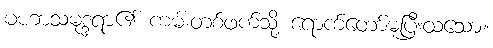
မဟာသမုဒ္ဒရာ၏ ကမ်းတစ်ဖက်သို့ ရောက်တော်မူပြီးထသော။